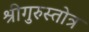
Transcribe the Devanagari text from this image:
श्रीगुरुस्तोत्र